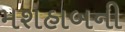
મશહાબની